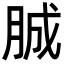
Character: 𦛙